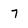
Character: 7